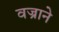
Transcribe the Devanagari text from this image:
वज्राने